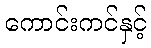
ကောင်းကင်နှင့်